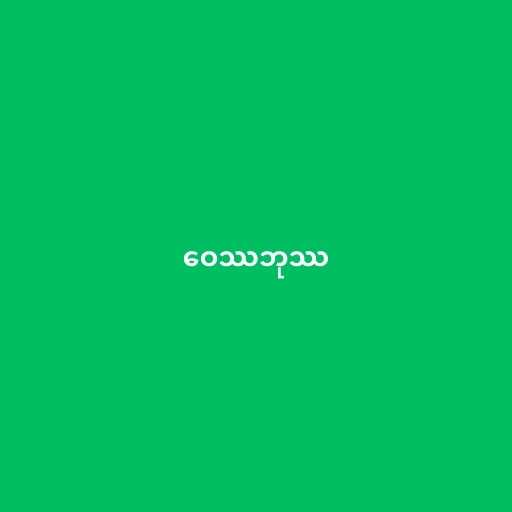
ဝေဿဘုဿ